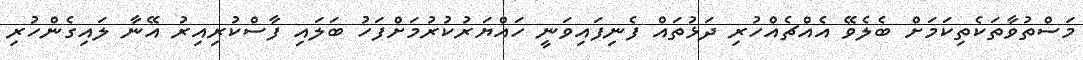
މަސްތުވާތަކެތިކަމަށް ބެލެވޭ އެއްޗެއްހުރި ދަޅުތައް ފެނިފައިވަނީ ހައްޔަރުކުރުމަށްފަހު ބަލައި ފާސްކުރިއިރު އޭނާ ލައިގެންހުރި